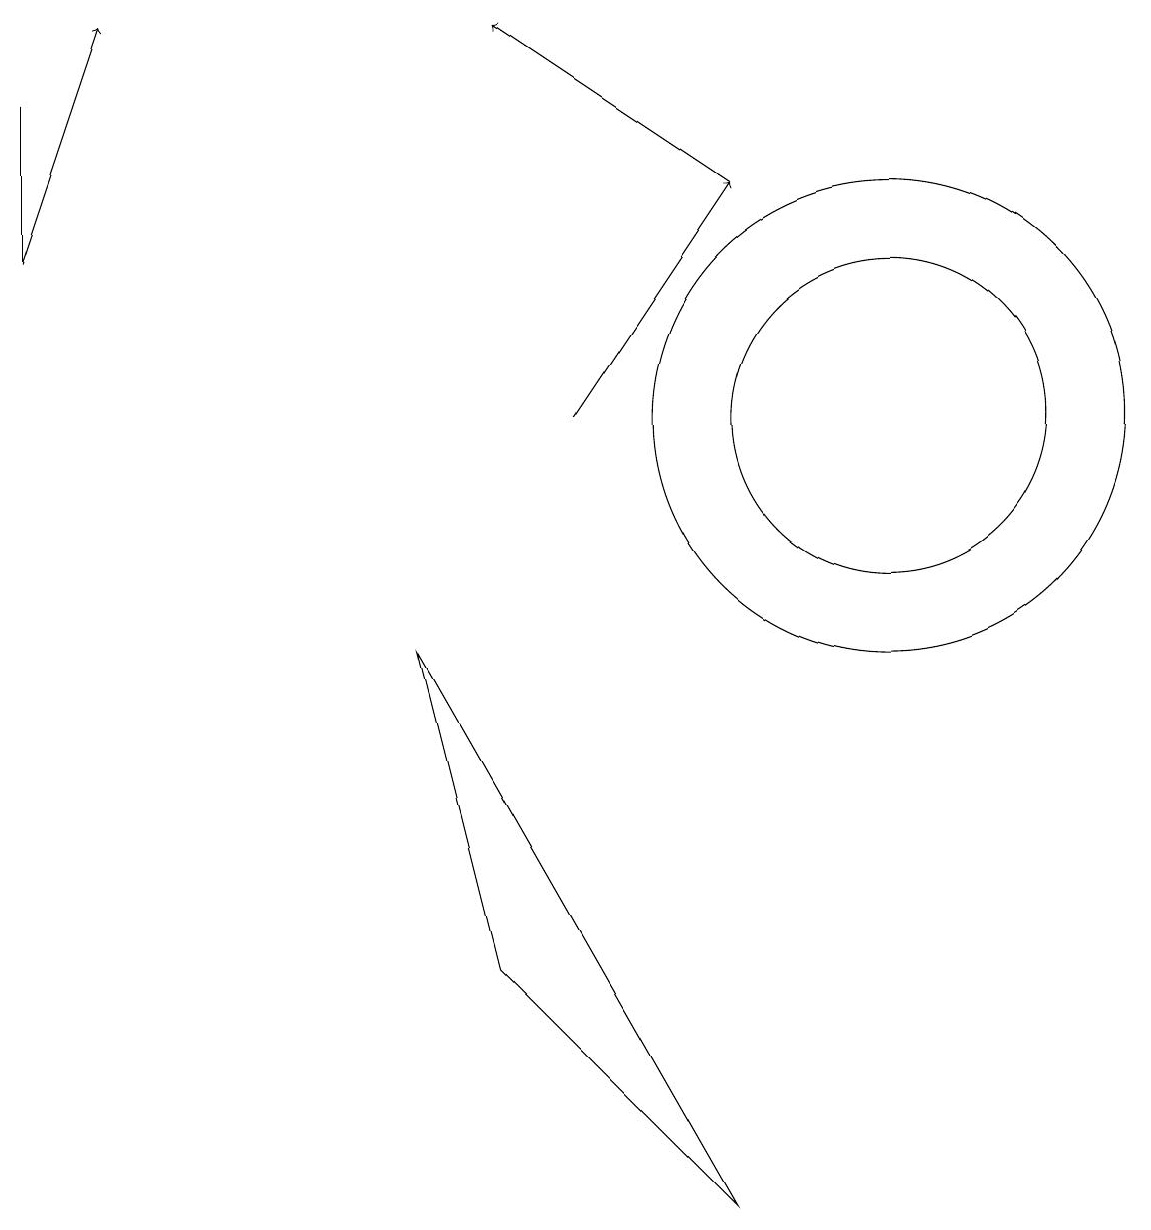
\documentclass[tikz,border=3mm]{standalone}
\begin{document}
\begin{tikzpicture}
\draw[->] (7,10) -- (9,13);
\draw (0,14) rectangle (0,12);
\draw (11,10) circle (3);
\draw[->] (0,12) -- (1,15);
\draw (5,7) -- (6,3) -- (9,0) -- cycle;
\draw (11,10) circle (2);
\draw[->] (9,13) -- (6,15);
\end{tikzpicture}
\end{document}